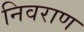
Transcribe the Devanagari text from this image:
निवराण